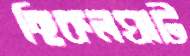
ছিকলঘাট